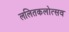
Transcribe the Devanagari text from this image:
ललितकलोत्सव